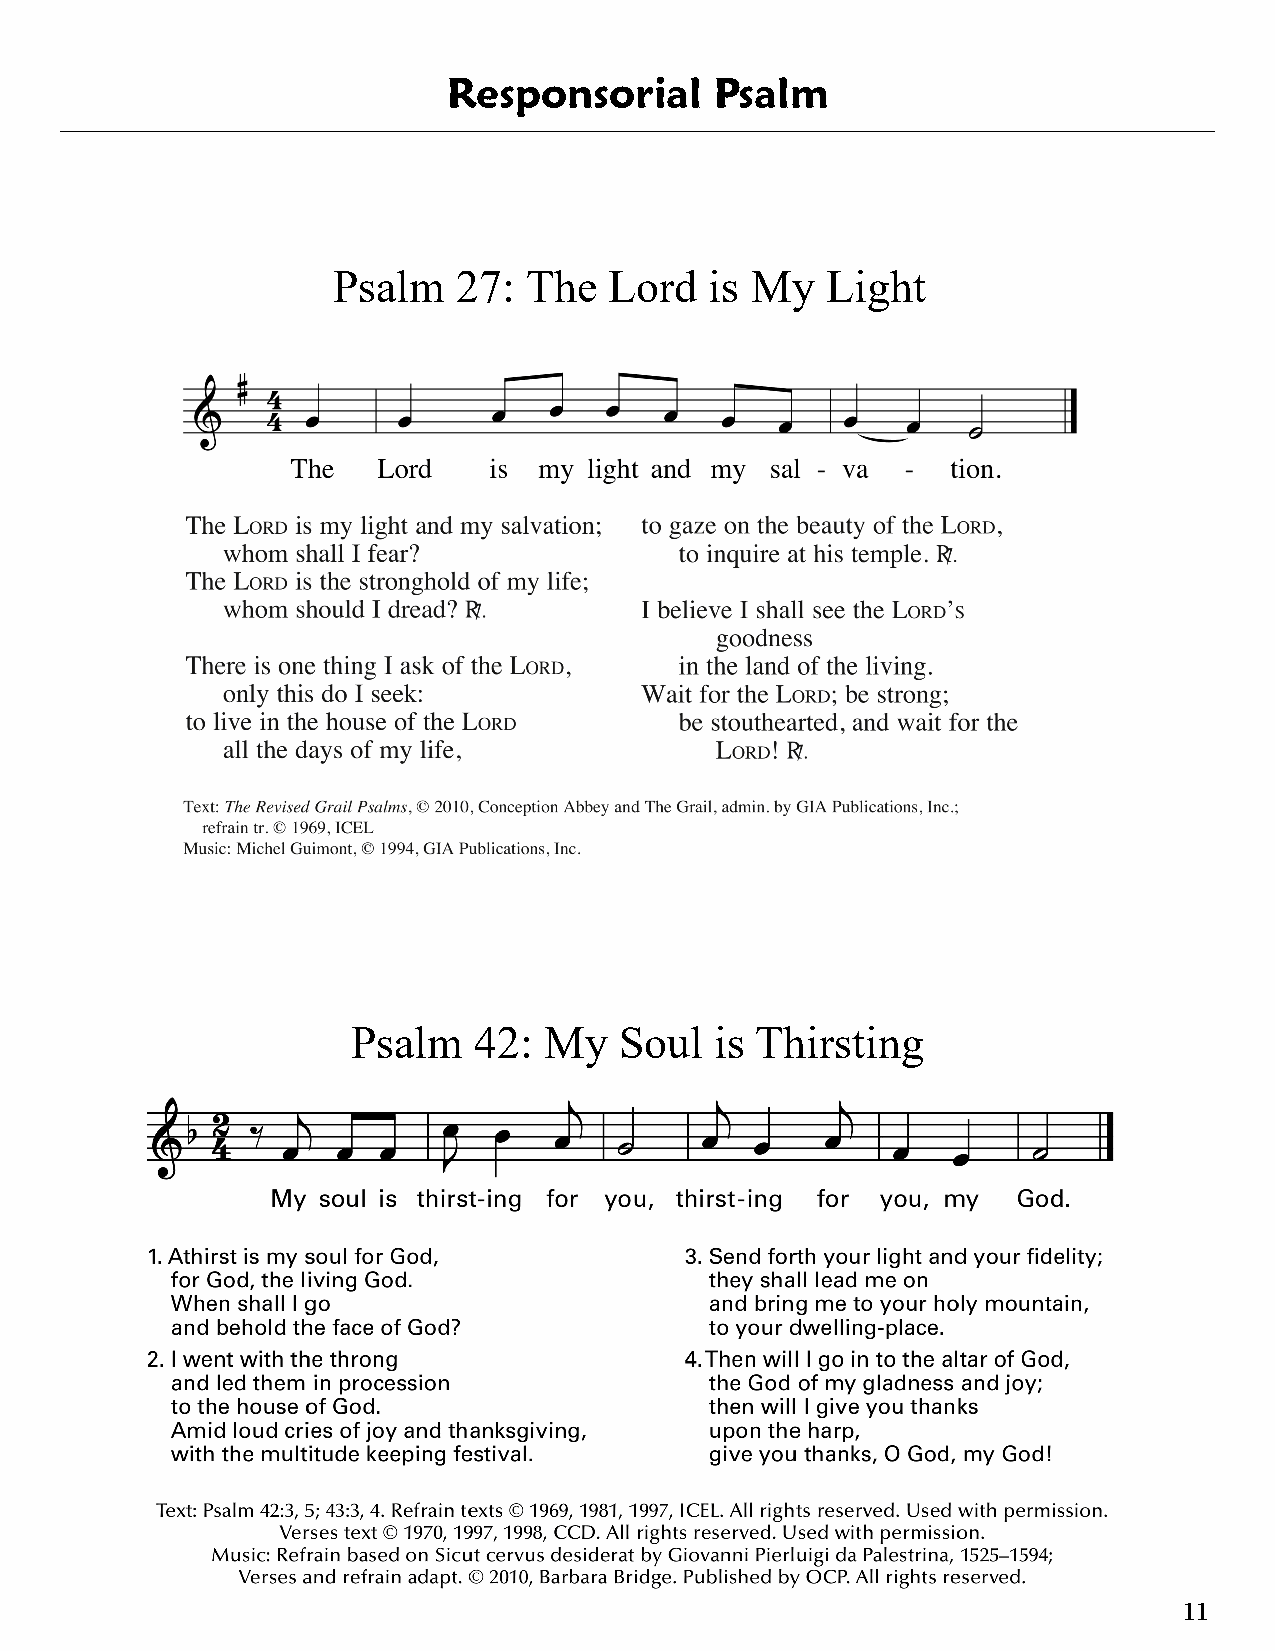
Responsorial     Psalm
 Psalm   27:  The  Lord   is My   Light
 Psalm   42:  My   Soul  is Thirsting
 11